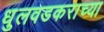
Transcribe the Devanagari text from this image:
धुलवडकराच्या